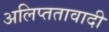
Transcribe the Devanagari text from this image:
अलिप्‍ततावादी